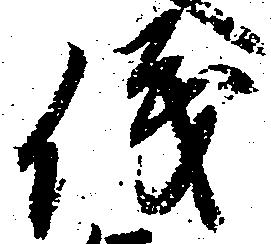
儀